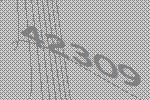
42309